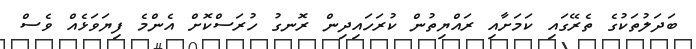
ބަދަލުތަކުގެ ތެރޭގައި ކަމަށާއި ރައްޔިތުން ކުރަހައިދިން ރޮނގު ހުރަސްކޮށް އެންމެ ފިޔަވަޅެއް ވެސް